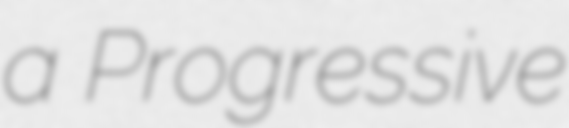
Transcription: a Progressive